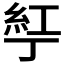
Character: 𬻤